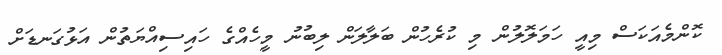
ކޮންމެއަކަސް މިއީ ހަމަލޮލުން މި ކުރެހުން ބަލާލަން ލިބުނު މީހެއްގެ ހައިސިއްޔަތުން އަޅުގަނޑަށް